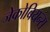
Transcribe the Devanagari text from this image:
जेकोबियन्स